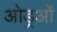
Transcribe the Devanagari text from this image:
ओड्रओं